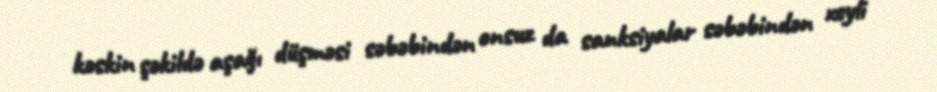
kəskin şəkildə aşağı düşməsi səbəbindən onsuz da sanksiyalar səbəbindən xeyli